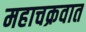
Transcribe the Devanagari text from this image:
महाचक्रवात